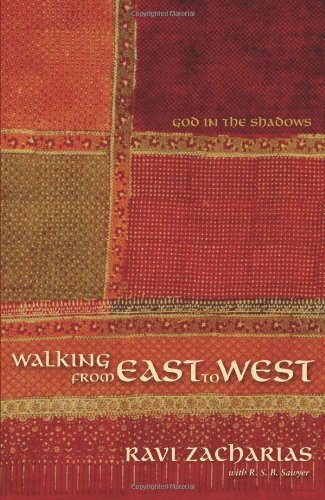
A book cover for Walking from East to West: God in the Shadows; Ravi Zacharias; Christian Books & Bibles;